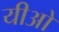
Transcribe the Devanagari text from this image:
यीओ